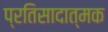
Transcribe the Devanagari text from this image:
प्रतिसादात्मक